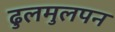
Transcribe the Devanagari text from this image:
ढुलमुलपन